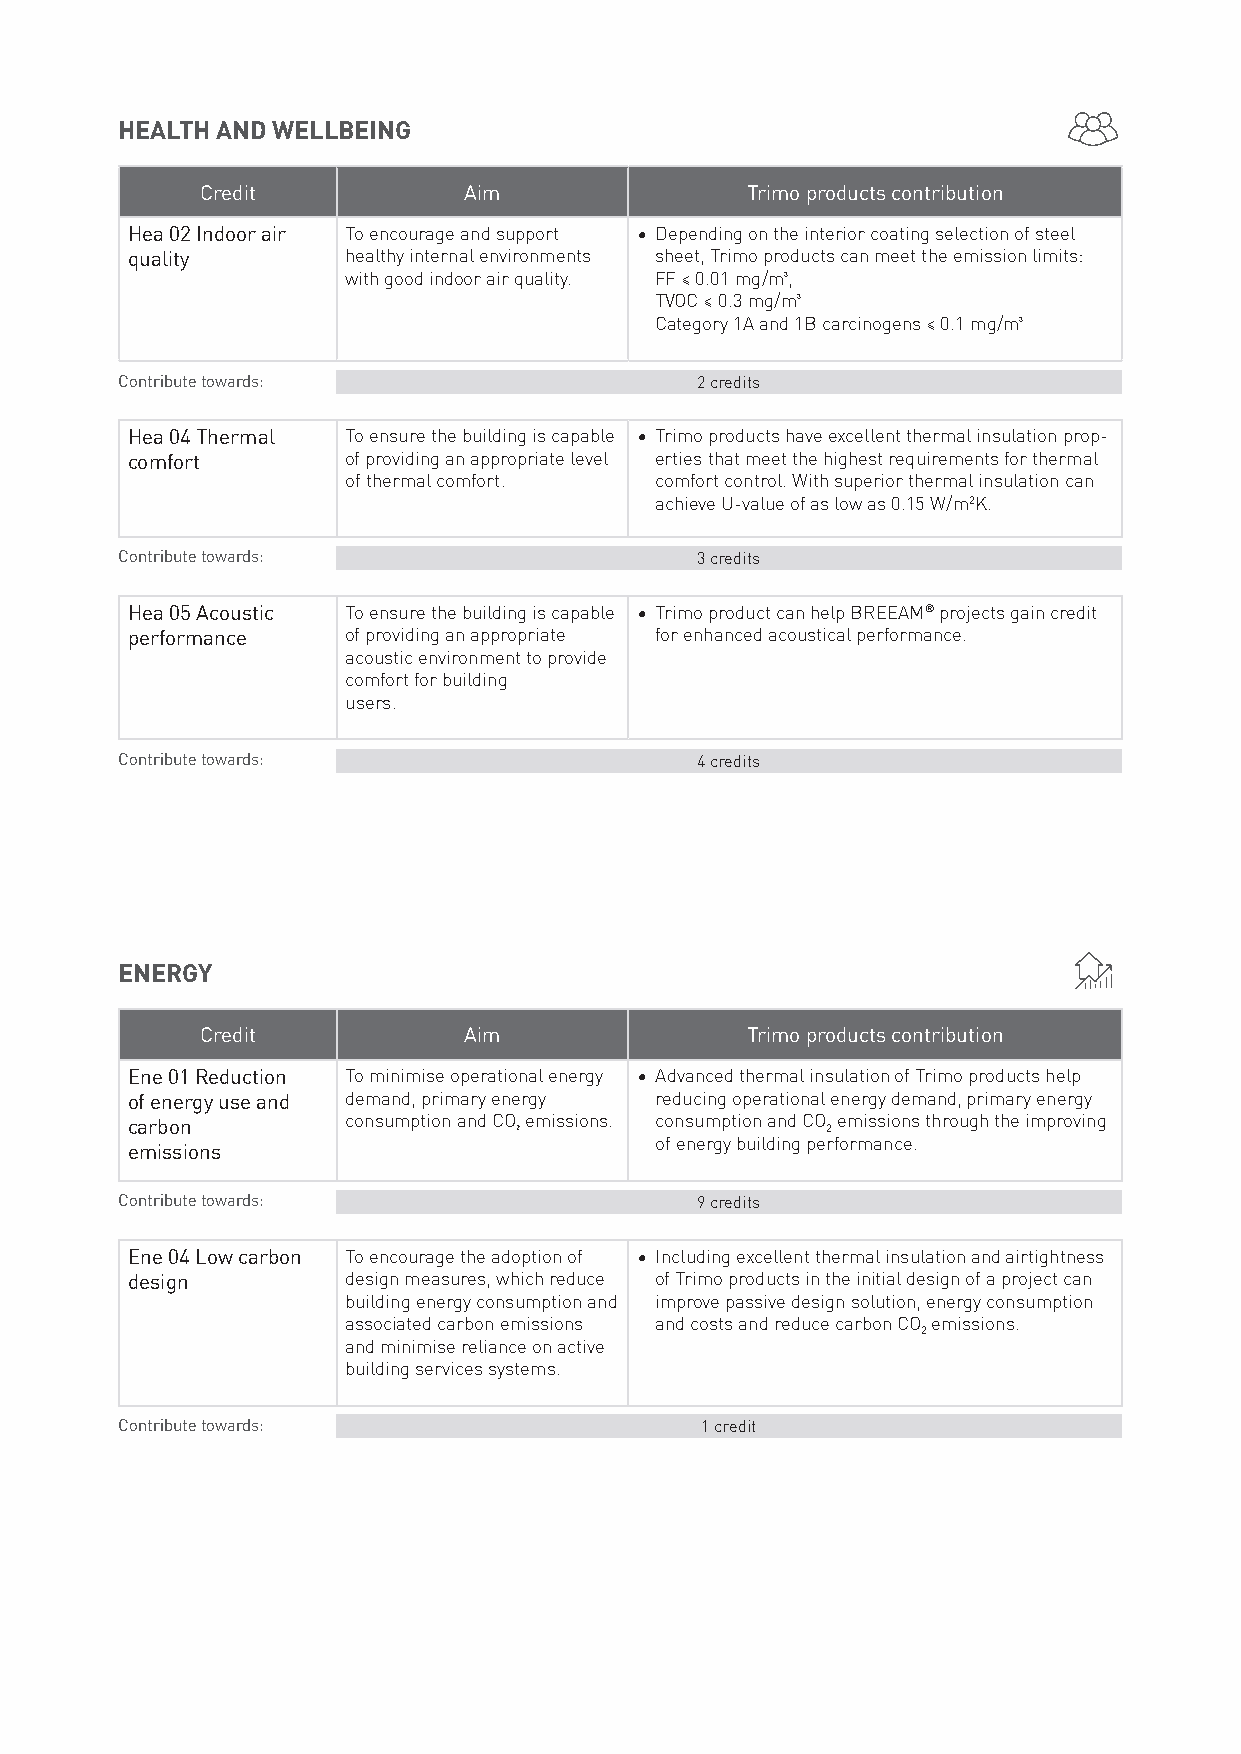
HEALTH AND WELLBEING
 Credit            Aim               Trimo products contribution
 Hea 02 Indoor air To encourage and support • Depending on the interior coating selection of steel
 quality        healthy internal environments sheet, Trimo products can meet the emission limits:
 with good indoor air quality. FF ≤ 0.01 mg/m³,
 TVOC ≤ 0.3 mg/m³
 Category 1A and 1B carcinogens ≤ 0.1 mg/m³
 Contribute towards:                   2 credits
 Hea 04 Thermal To ensure the building is capable • Trimo products have excellent thermal insulation prop-
 comfort        of providing an appropriate level erties that meet the highest requirements for thermal
 of thermal comfort. comfort control. With superior thermal insulation can
 achieve U-value of as low as 0.15 W/m2K.
 Contribute towards:                   3 credits
 Hea 05 Acoustic To ensure the building is capable • Trimo product can help BREEAM® projects gain credit
 performance    of providing an appropriate for enhanced acoustical performance.
 acoustic environment to provide
 comfort for building
 users.
 Contribute towards:                   4 credits
 ENERGY
 Credit            Aim               Trimo products contribution
 Ene 01 Reduction To minimise operational energy • Advanced thermal insulation of Trimo products help
 of energy use and demand, primary energy reducing operational energy demand, primary energy
 carbon         consumption and CO₂ emissions. consumption and CO 2 emissions through the improving
 of energy building performance.
 emissions
 Contribute towards:                   9 credits
 Ene 04 Low carbon To encourage the adoption of • Including excellent thermal insulation and airtightness
 design         design measures, which reduce of Trimo products in the initial design of a project can
 building energy consumption and improve passive design solution, energy consumption
 associated carbon emissions and costs and reduce carbon CO emissions.
 2
 and minimise reliance on active
 building services systems.
 Contribute towards:                   1 credit